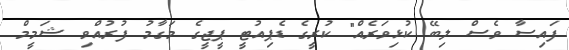
ފައިސާ ވެސް ލިބޭ ކުޅިވަރެއް" ކުރީގެ ޑެޕިއުޓީ ޕީޖީގެ މަގާމު ފުރުއްވި ޝަމީމް